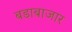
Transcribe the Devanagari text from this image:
बडाबाजार